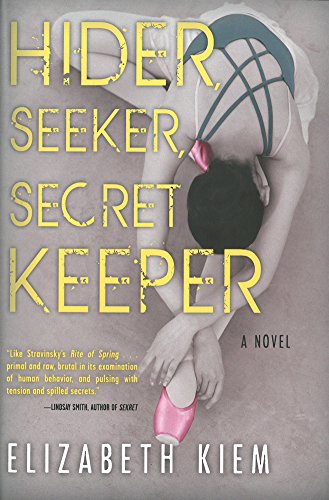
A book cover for Hider, Seeker, Secret Keeper; Elizabeth Kiem; Teen & Young Adult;